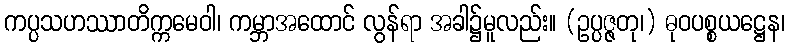
ကပ္ပသဟဿာတိက္ကမေဝါ၊ ကမ္ဘာအထောင် လွန်ရာ အခါ၌မူလည်း။ (ဥပ္ပဇ္ဇတု၊) ဓုဝပစ္စယဋ္ဌေန၊